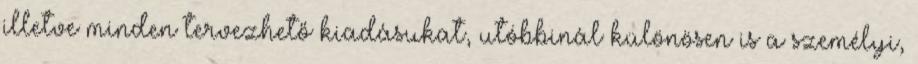
illetve minden tervezhető kiadásukat, utóbbinál különösen is a személyi,